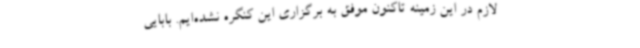
لازم در این زمینه تاکنون موفق به برگزاری این کنگره نشده‌ایم. بابایی